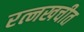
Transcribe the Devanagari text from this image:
रत्नखचीत